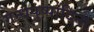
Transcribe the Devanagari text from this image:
गन्धपुष्पादिना